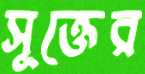
সূক্তের